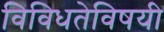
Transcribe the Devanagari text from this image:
विविधतेविषयी